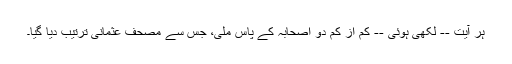
ہر آیت -- لکھی ہوئی -- کم از کم دو اصحابہ کے پاس ملی، جس سے مصحف عثمانی ترتیب دیا گیا۔